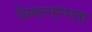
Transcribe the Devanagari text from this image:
विकलान्गता